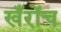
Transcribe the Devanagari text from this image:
खँरोंच